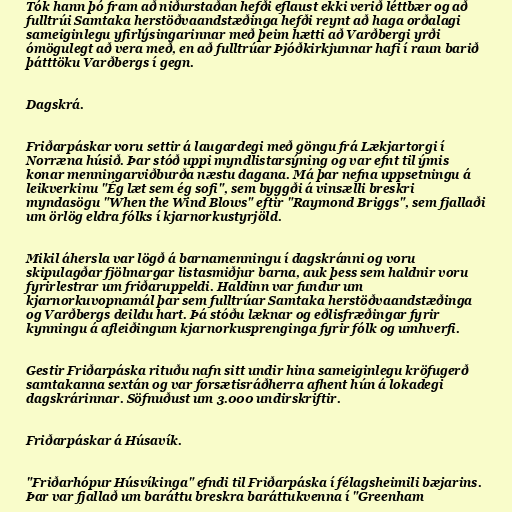
Tók hann þó fram að niðurstaðan hefði eflaust ekki verið léttbær og að
fulltrúi Samtaka herstöðvaandstæðinga hefði reynt að haga orðalagi
sameiginlegu yfirlýsingarinnar með þeim hætti að Varðbergi yrði
ómögulegt að vera með, en að fulltrúar Þjóðkirkjunnar hafi í raun barið
þátttöku Varðbergs í gegn.

Dagskrá.

Friðarpáskar voru settir á laugardegi með göngu frá Lækjartorgi í
Norræna húsið. Þar stóð uppi myndlistarsýning og var efnt til ýmis
konar menningarviðburða næstu dagana. Má þar nefna uppsetningu á
leikverkinu "Ég læt sem ég sofi", sem byggði á vinsælli breskri
myndasögu "When the Wind Blows" eftir "Raymond Briggs", sem fjallaði
um örlög eldra fólks í kjarnorkustyrjöld.

Mikil áhersla var lögð á barnamenningu í dagskránni og voru
skipulagðar fjölmargar listasmiðjur barna, auk þess sem haldnir voru
fyrirlestrar um friðaruppeldi. Haldinn var fundur um
kjarnorkuvopnamál þar sem fulltrúar Samtaka herstöðvaandstæðinga
og Varðbergs deildu hart. Þá stóðu læknar og eðlisfræðingar fyrir
kynningu á afleiðingum kjarnorkusprenginga fyrir fólk og umhverfi.

Gestir Friðarpáska rituðu nafn sitt undir hina sameiginlegu kröfugerð
samtakanna sextán og var forsætisráðherra afhent hún á lokadegi
dagskrárinnar. Söfnuðust um 3.000 undirskriftir.

Friðarpáskar á Húsavík.

"Friðarhópur Húsvíkinga" efndi til Friðarpáska í félagsheimili bæjarins.
Þar var fjallað um baráttu breskra baráttukvenna í "Greenham